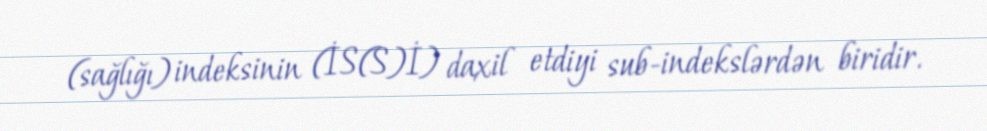
(sağlığı) indeksinin (İS(S)İ) daxil etdiyi sub-indekslərdən biridir.